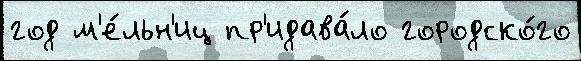
год м'е́льн'иц пр'идава́ло городско́го